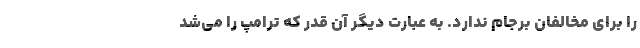
را برای مخالفان برجام ندارد. به عبارت دیگر آن قدر که ترامپ را می‌شد